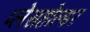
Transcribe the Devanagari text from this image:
प्लेसहोल्डर